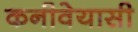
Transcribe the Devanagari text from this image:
कनीवेयासी